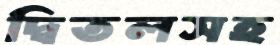
দ্বিতলসহ